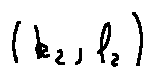
( k _ { 2 } , l _ { 2 } )